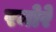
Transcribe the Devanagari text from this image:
रमोरे